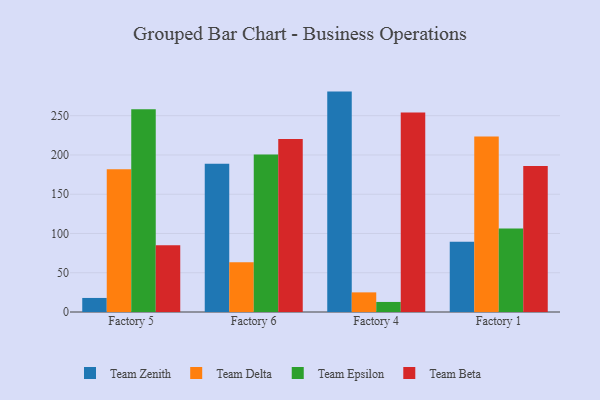
{"axis": {"x": "Factory", "y": "Energy Usage (MWh)"}, "legend": ["Team Beta", "Team Delta", "Team Epsilon", "Team Zenith"], "data": [{"x": "Factory 5", "y": 17.9, "type": "Team Zenith"}, {"x": "Factory 5", "y": 181.8, "type": "Team Delta"}, {"x": "Factory 5", "y": 258.3, "type": "Team Epsilon"}, {"x": "Factory 5", "y": 84.9, "type": "Team Beta"}, {"x": "Factory 6", "y": 188.7, "type": "Team Zenith"}, {"x": "Factory 6", "y": 63.3, "type": "Team Delta"}, {"x": "Factory 6", "y": 200.6, "type": "Team Epsilon"}, {"x": "Factory 6", "y": 220.2, "type": "Team Beta"}, {"x": "Factory 4", "y": 280.7, "type": "Team Zenith"}, {"x": "Factory 4", "y": 25.0, "type": "Team Delta"}, {"x": "Factory 4", "y": 12.8, "type": "Team Epsilon"}, {"x": "Factory 4", "y": 254.0, "type": "Team Beta"}, {"x": "Factory 1", "y": 89.6, "type": "Team Zenith"}, {"x": "Factory 1", "y": 223.6, "type": "Team Delta"}, {"x": "Factory 1", "y": 106.3, "type": "Team Epsilon"}, {"x": "Factory 1", "y": 186.1, "type": "Team Beta"}]}